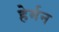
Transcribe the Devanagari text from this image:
हेर्मन